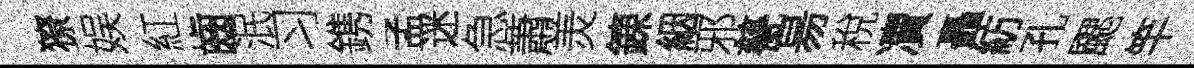
獠娱紅齒泯习鎸孟迷急蕭羙錬絪邪甆昜稅凟矗紡孔颸竿